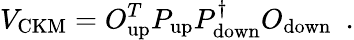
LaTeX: V_{\mathrm{CKM}}=O_{\mathrm{up}}^{T}P_{\mathrm{up}}P_{\mathrm{down}}^{\dagger}O_{\mathrm{down}}~~.